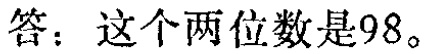
答：这个两位数是98。